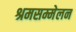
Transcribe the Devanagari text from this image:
श्रमसम्मेलन